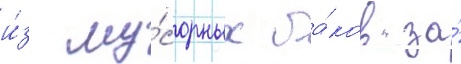
и́з му́сорных ба́ков за́